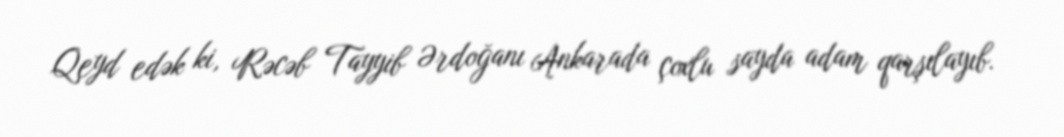
Qeyd edək ki, Rəcəb Tayyib Ərdoğanı Ankarada çoxlu sayda adam qarşılayıb.